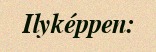
Ilyképpen: